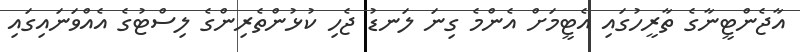
އާޖެންޓީނާގެ ތާރީހުގައި އެޓީމަށް އެންމެ ގިނަ ލަނޑު ޖެހި ކުޅުންތެރިންގެ ލިސްޓުގެ އެއްވަނައިގައި